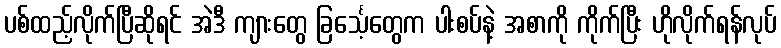
ပစ်ထည့်လိုက်ပြီဆိုရင် အဲဒီ ကျားတွေ ခြင်္သေ့တွေက ပါးစပ်နဲ့ အစာကို ကိုက်ပြီး ဟိုလိုက်ရန်လုပ်